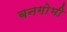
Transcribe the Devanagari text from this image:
बनगोभी